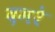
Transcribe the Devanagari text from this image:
दमरे